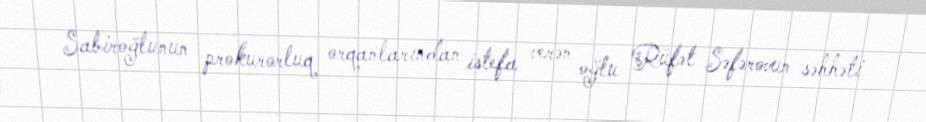
Sabiroğlunun prokurorluq orqanlarından istefa verən oğlu Rüfət Səfərovun səhhəti